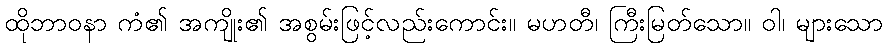
ထိုဘာဝနာ ကံ၏ အကျိုး၏ အစွမ်းဖြင့်လည်းကောင်း။ မဟတီ၊ ကြီးမြတ်သော။ ဝါ၊ များသော